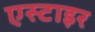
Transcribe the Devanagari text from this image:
एस्टाइर